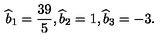
{ \widehat b } _ { 1 } = { \frac { 3 9 } { 5 } } , { \widehat b } _ { 2 } = 1 , { \widehat b } _ { 3 } = - 3 .